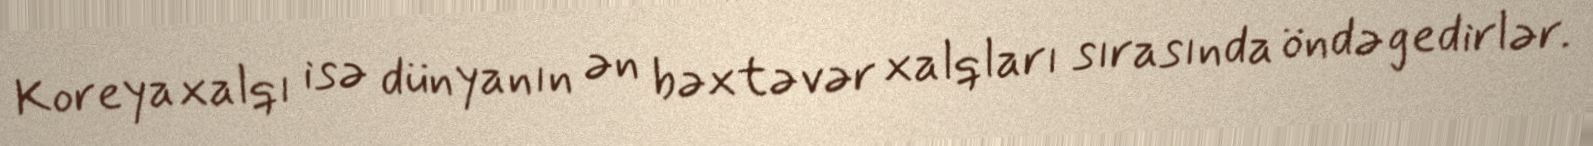
Koreya xalqı isə dünyanın ən bəxtəvər xalqları sırasında öndə gedirlər.